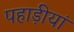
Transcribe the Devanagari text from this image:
पहाड़ीयां